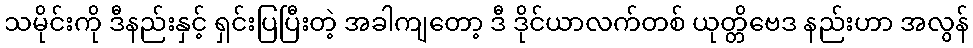
သမိုင်းကို ဒီနည်းနှင့် ရှင်းပြပြီးတဲ့ အခါကျတော့ ဒီ ဒိုင်ယာလက်တစ် ယုတ္တိဗေဒ နည်းဟာ အလွန်